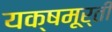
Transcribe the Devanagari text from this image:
यक्षमूर्ती